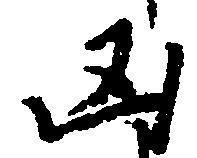
凶